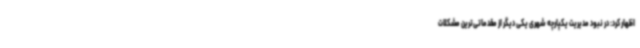
اظهار کرد: در نبود مدیریت یکپارچه شهری یکی دیگر از مقدماتی‌ترین مشکلات